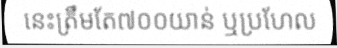
នេះត្រឹមតែ៧០០យាន់ ឬប្រហែល